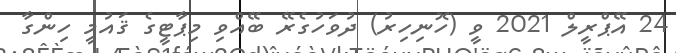
24 އޭޕްރީލް 2021 ވީ (ހޮނިހިރު) ދުވަހުގެރޭ ބޭއްވި މިޕާޓީގެ ޤައުމީ ހިންގާ